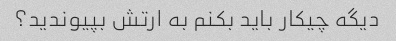
دیگه چیکار باید بکنم به ارتش بپیوندید؟